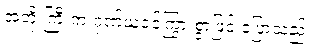
အဘိုးကြီးက ဂုဏ်ယူဝင့်ကြွားစွာဖြင့် ပြောသည်။